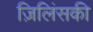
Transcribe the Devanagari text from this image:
ज़िलिंसकी